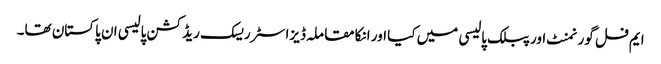
ایم فل گورنمنٹ اور پبلک پالیسی میں کیا اور انکا مقاملہ ڈیزاسٹر ریسک ریڈکشن پالیسی ان پاکستان تھا۔